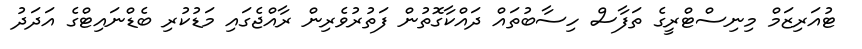
ޓުއަރިޒަމް މިނިސްޓްރީގެ ތަފާސް ހިސާބުތައް ދައްކާގޮތުން ފަތުރުވެރިން ރާއްޖެގައި މަޑުކުރި ބެޑްނައިޓްގެ އަދަދު